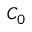
C _ { 0 }